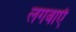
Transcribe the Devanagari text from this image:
लगवाएँ